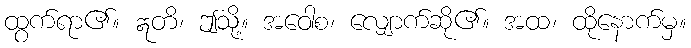
ထွက်ရာ၏။ ဣတိ၊ ဤသို့။ အဝေါစ၊ လျှောက်ဆို၏။ အထ၊ ထိုနောက်မှ။